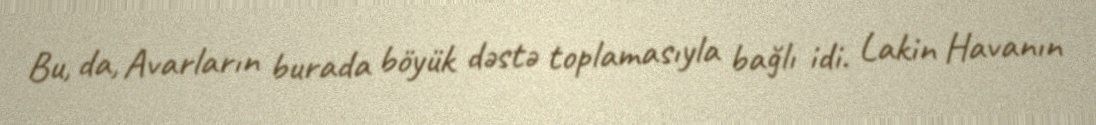
Bu, da, Avarların burada böyük dəstə toplamasıyla bağlı idi. Lakin Havanın